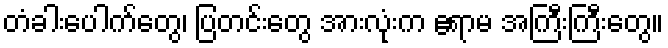
တံခါးပေါက်တွေ၊ ပြတင်းတွေ အားလုံးက ဧရာမ အကြီးကြီးတွေ။